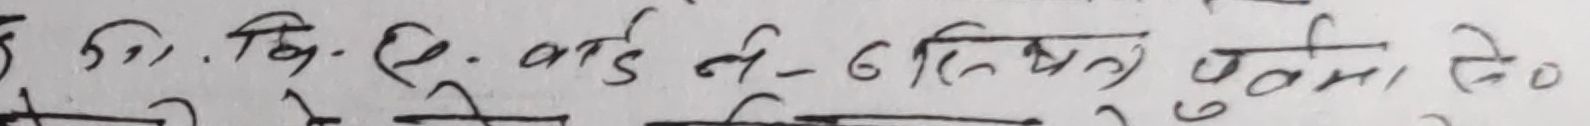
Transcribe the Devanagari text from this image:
डग.सि.के. काई ने- दितदन पूर्णिमा से०